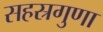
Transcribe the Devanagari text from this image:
सहस्रगुणा